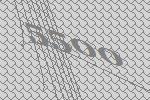
5500